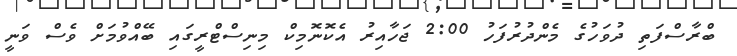
ބްރާސްފަތި ދުވަހުގެ މެންދުރުފަހު 2:00 ޖަހާއިރު އެކޮނޮމިކް މިނިސްޓްރީގައި ބޭއްވުމަށް ވެސް ވަނީ